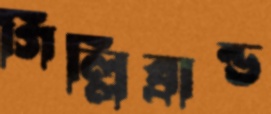
গিল্লিব্রান্ড